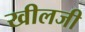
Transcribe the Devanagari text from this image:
खीलजी